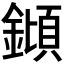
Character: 𨫫